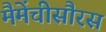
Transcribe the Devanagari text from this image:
मैमेंचीसौरस